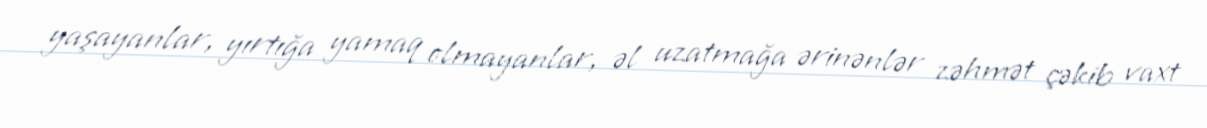
yaşayanlar, yırtığa yamaq olmayanlar, əl uzatmağa ərinənlər zəhmət çəkib vaxt